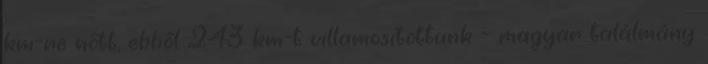
km-re nőtt, ebből 243 km-t villamosítottunk - magyar találmány